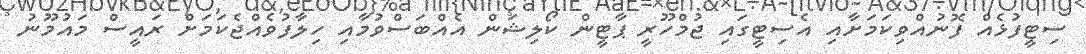
ސިޓީފުޅެއް ފޮނުއްވިކަމަށާއި އެސިޓީގައި ޖުމްހޫރީ ޕާޓީން ކޯލިޝަން އެއްބަސްވުމާއި ހިލާފުވެއްޖެކަމަށް ރައީސް މައުމޫނު